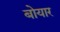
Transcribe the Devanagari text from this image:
बोयार